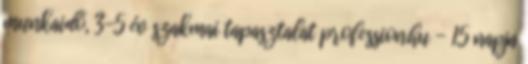
munkaidő, 3-5 év szakmai tapasztalat profession.hu - 15 napja